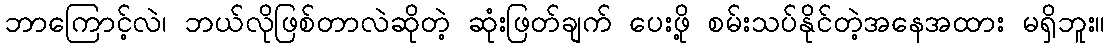
ဘာကြောင့်လဲ၊ ဘယ်လိုဖြစ်တာလဲဆိုတဲ့ ဆုံးဖြတ်ချက် ပေးဖို့ စမ်းသပ်နိုင်တဲ့အနေအထား မရှိဘူး။